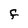
Character: F